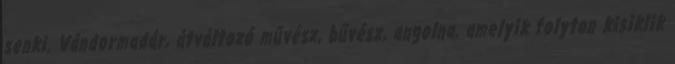
senki. Vándormadár, átváltozó művész, bűvész, angolna, amelyik folyton kisiklik